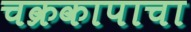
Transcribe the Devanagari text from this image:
चक्रकापाचा